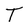
Character: T